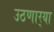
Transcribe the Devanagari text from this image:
उठणार्‍या